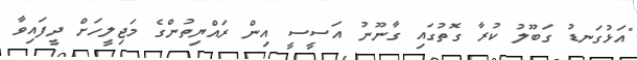
"އަޅުގަނޑު ގަބޫލު ކުރާ ގޮތުގައި ގާނޫނު އަސީސީ އިން ރައްޔިތުންގެ މަޖިލީހަށް ދީފައިވާ